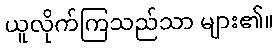
ယူလိုက်ကြသည်သာ များ၏။